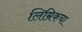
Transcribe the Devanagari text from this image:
लिम्रिकचा